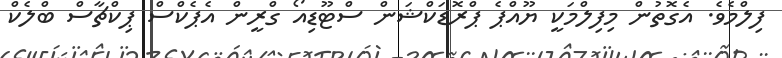
ފިލްމެވެ. އެގޮތުން މިފިލްމަކީ ޔޫއްޕެ ޕްރޮޑަކްޝަން ސްޓޫޑިއޯ ގްރީން އެޕެކްސް ޕިކްޗާސް ބްލެކް